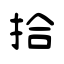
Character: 拾